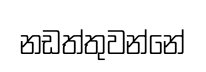
නඩත්තුවන්නේ